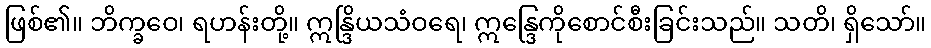
ဖြစ်၏။ ဘိက္ခဝေ၊ ရဟန်းတို့။ ဣန္ဒြိယသံဝရေ၊ ဣန္ဒြေကိုစောင်စီးခြင်းသည်။ သတိ၊ ရှိသော်။